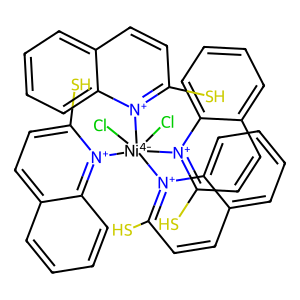
SMILES: Sc1ccc2ccccc2[n+]1[Ni-4](Cl)(Cl)([n+]1c(S)ccc2ccccc21)([n+]1c(S)ccc2ccccc21)[n+]1c(S)ccc2ccccc21
Inhibits HIV replication: No